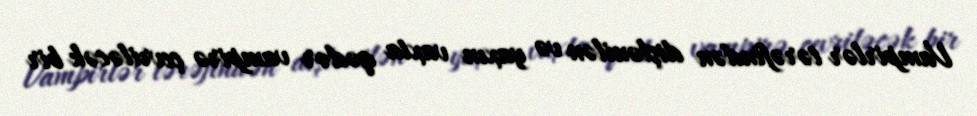
Vampirlər tərəfindən dişlənilən və yaxın vaxta qədər vampirə çevriləcək bir